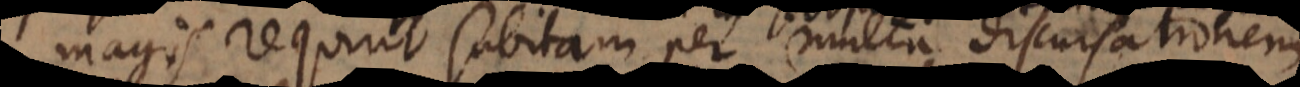
magis requirit subitam per multa discursationem